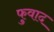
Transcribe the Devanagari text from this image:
फुवाद